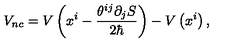
V _ { n c } = V \left( x ^ { i } - \frac { \theta ^ { i j } \partial _ { j } S } { 2 \hbar } \right) - V \left( x ^ { i } \right) ,